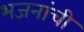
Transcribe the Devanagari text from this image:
भजनांची